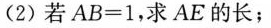
(2)若$$A B = 1$$，求AE的长；